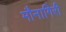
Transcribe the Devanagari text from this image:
मौनागिरी